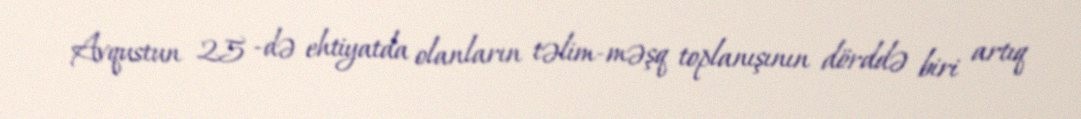
Avqustun 25 -də ehtiyatda olanların təlim-məşq toplanışının dörddə biri artıq